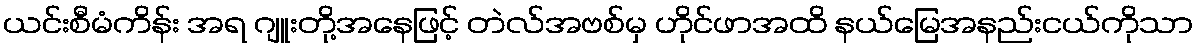
ယင်းစီမံကိန်း အရ ဂျူးတို့အနေဖြင့် တဲလ်အဗစ်မှ ဟိုင်ဖာအထိ နယ်မြေအနည်းငယ်ကိုသာ